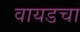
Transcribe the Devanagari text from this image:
वायडचा